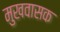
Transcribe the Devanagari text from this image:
मुखवासक